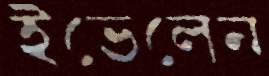
ইভেলেন